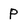
Character: p